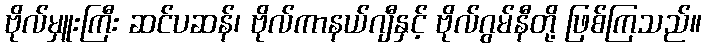
ဗိုလ်မှူးကြီး ဆင်ပဆန်၊ ဗိုလ်ကာနယ်ဂျီနှင့် ဗိုလ်ဂွမ်နီတို့ ဖြစ်ကြသည်။